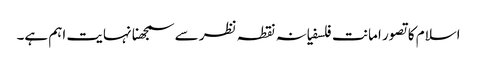
اسلام کا تصور امانت فلسفیانہ نقطہ نظر سے سمجھنا نہایت اہم ہے۔